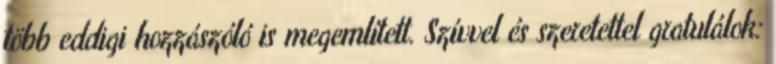
több eddigi hozzászóló is megemlített. Szívvel és szeretettel gratulálok: